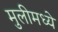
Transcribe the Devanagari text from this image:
मुलीमध्ये